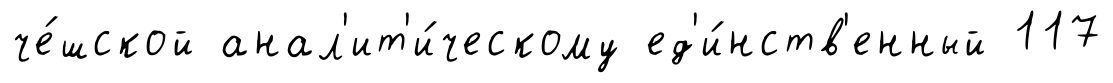
че́шской анал'ит'и́ческому ед'и́нств'енный 117